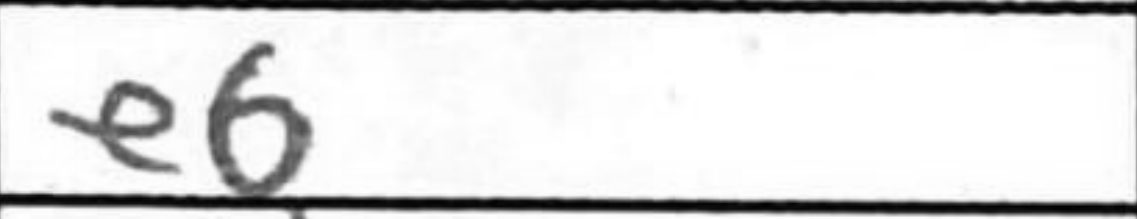
Transcription: e6